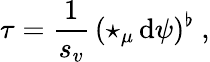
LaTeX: \tau=\frac 1{s_{v}}\, (\star_{\mu}\, \mathrm{d}\psi)^{\flat}\ ,